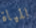
المياة